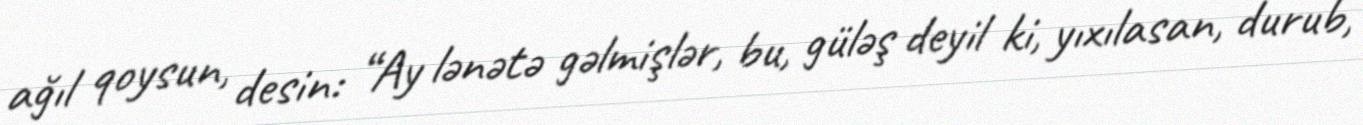
ağıl qoysun, desin: “Ay lənətə gəlmişlər, bu, güləş deyil ki, yıxılasan, durub,